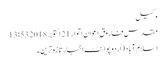
وکیل
مقدس فاروق اعوان اتوار 21 اکتوبر 2018 13:53
اسلام آباد (اُردو پوائنٹ اخبارتازہ ترین۔